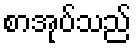
စာအုပ်သည်